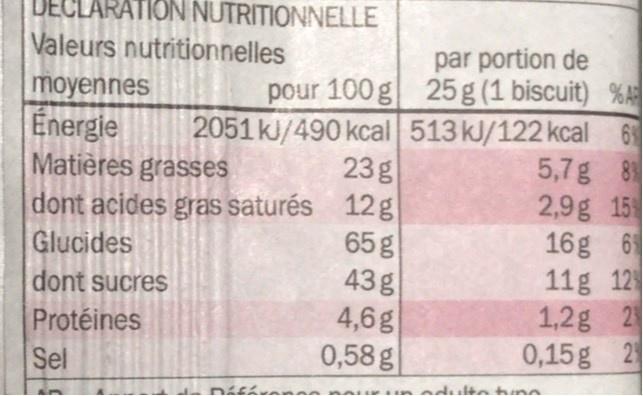
DECLARATION NUTRITIONNELLE Valeurs nutritionnelles
par portion de pour 100g 25g (1 biscuit) %A 2051 kJ/490 kcal 513 kJ/122 kcal 6% 5,7g 8 2,9g 15 16g 6 11g 12 1,2g 2 0,15g 2
moyennes Energie
23g dont acides gras saturés 12g 65g 43g 4,6g 0,58 g
Matières grasses
Glucides
dont sucres
Protéines
Sel